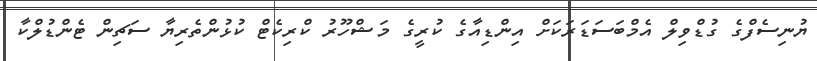
ޔުނިސެފްގެ ގުޑްވިލް އެމްބަސަޑަރަކަށް އިންޑިއާގެ ކުރީގެ މަޝްހޫރު ކްރިކެޓް ކުޅުންތެރިޔާ ސަޗިން ޓެންޑުލްކާ